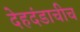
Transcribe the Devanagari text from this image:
देहदंडाचीच